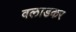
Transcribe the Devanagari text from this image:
वलाडकर